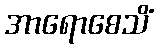
အာရောစေသိံ